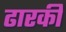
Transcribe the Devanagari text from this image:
ढारकी